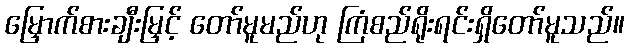
မြှောက်စားချီးမြှင့် တော်မူမည်ဟု ကြံစည်ရိုးရင်းရှိတော်မူသည်။